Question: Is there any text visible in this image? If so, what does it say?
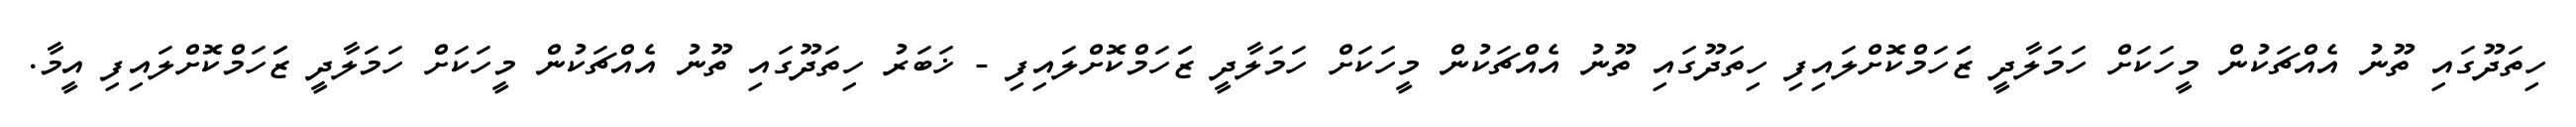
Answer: ހިތަދޫގައި ތޫނު އެއްޗަކުން މީހަކަށް ހަމަލާދީ ޒަަހަމްކޮށްލައިފި ހިތަދޫގައި ތޫނު އެއްޗަކުން މީހަކަށް ހަމަލާދީ ޒަަހަމްކޮށްލައިފި - ޚަބަރު ހިތަދޫގައި ތޫނު އެއްޗަކުން މީހަކަށް ހަމަލާދީ ޒަަހަމްކޮށްލައިފި އީމާ.